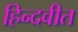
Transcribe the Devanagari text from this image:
हिन्दवीत